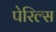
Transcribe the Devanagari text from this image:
पेरिल्स